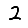
Digit: 2